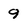
Character: 9